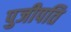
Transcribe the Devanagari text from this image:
पुजीपति